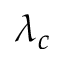
\lambda _ { c }